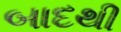
બાદથી